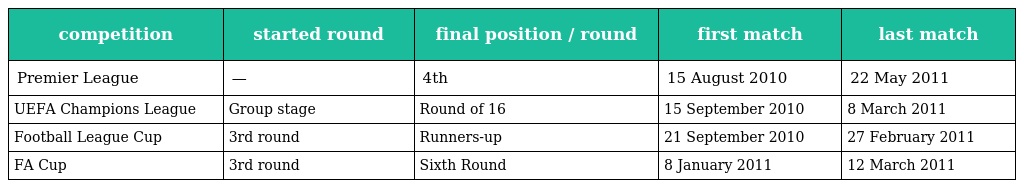
| competition | started round | final position / round | first match | last match |
 | --- | --- | --- | --- | --- |
 | Premier League | — | 4th | 15 August 2010 | 22 May 2011 |
 | UEFA Champions League | Group stage | Round of 16 | 15 September 2010 | 8 March 2011 |
 | Football League Cup | 3rd round | Runners-up | 21 September 2010 | 27 February 2011 |
 | FA Cup | 3rd round | Sixth Round | 8 January 2011 | 12 March 2011 |